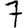
Digit: 7